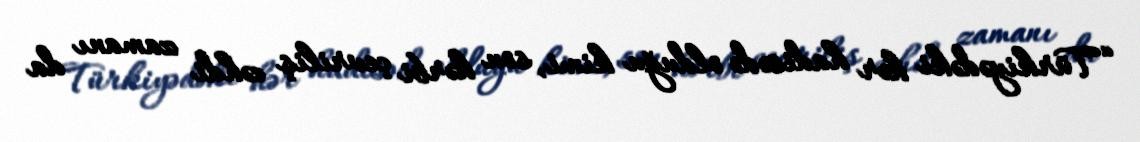
“Türkiyədəki hər hadisədə olduğu kimi, son hərbi çevriliş cəhdi zamanı da